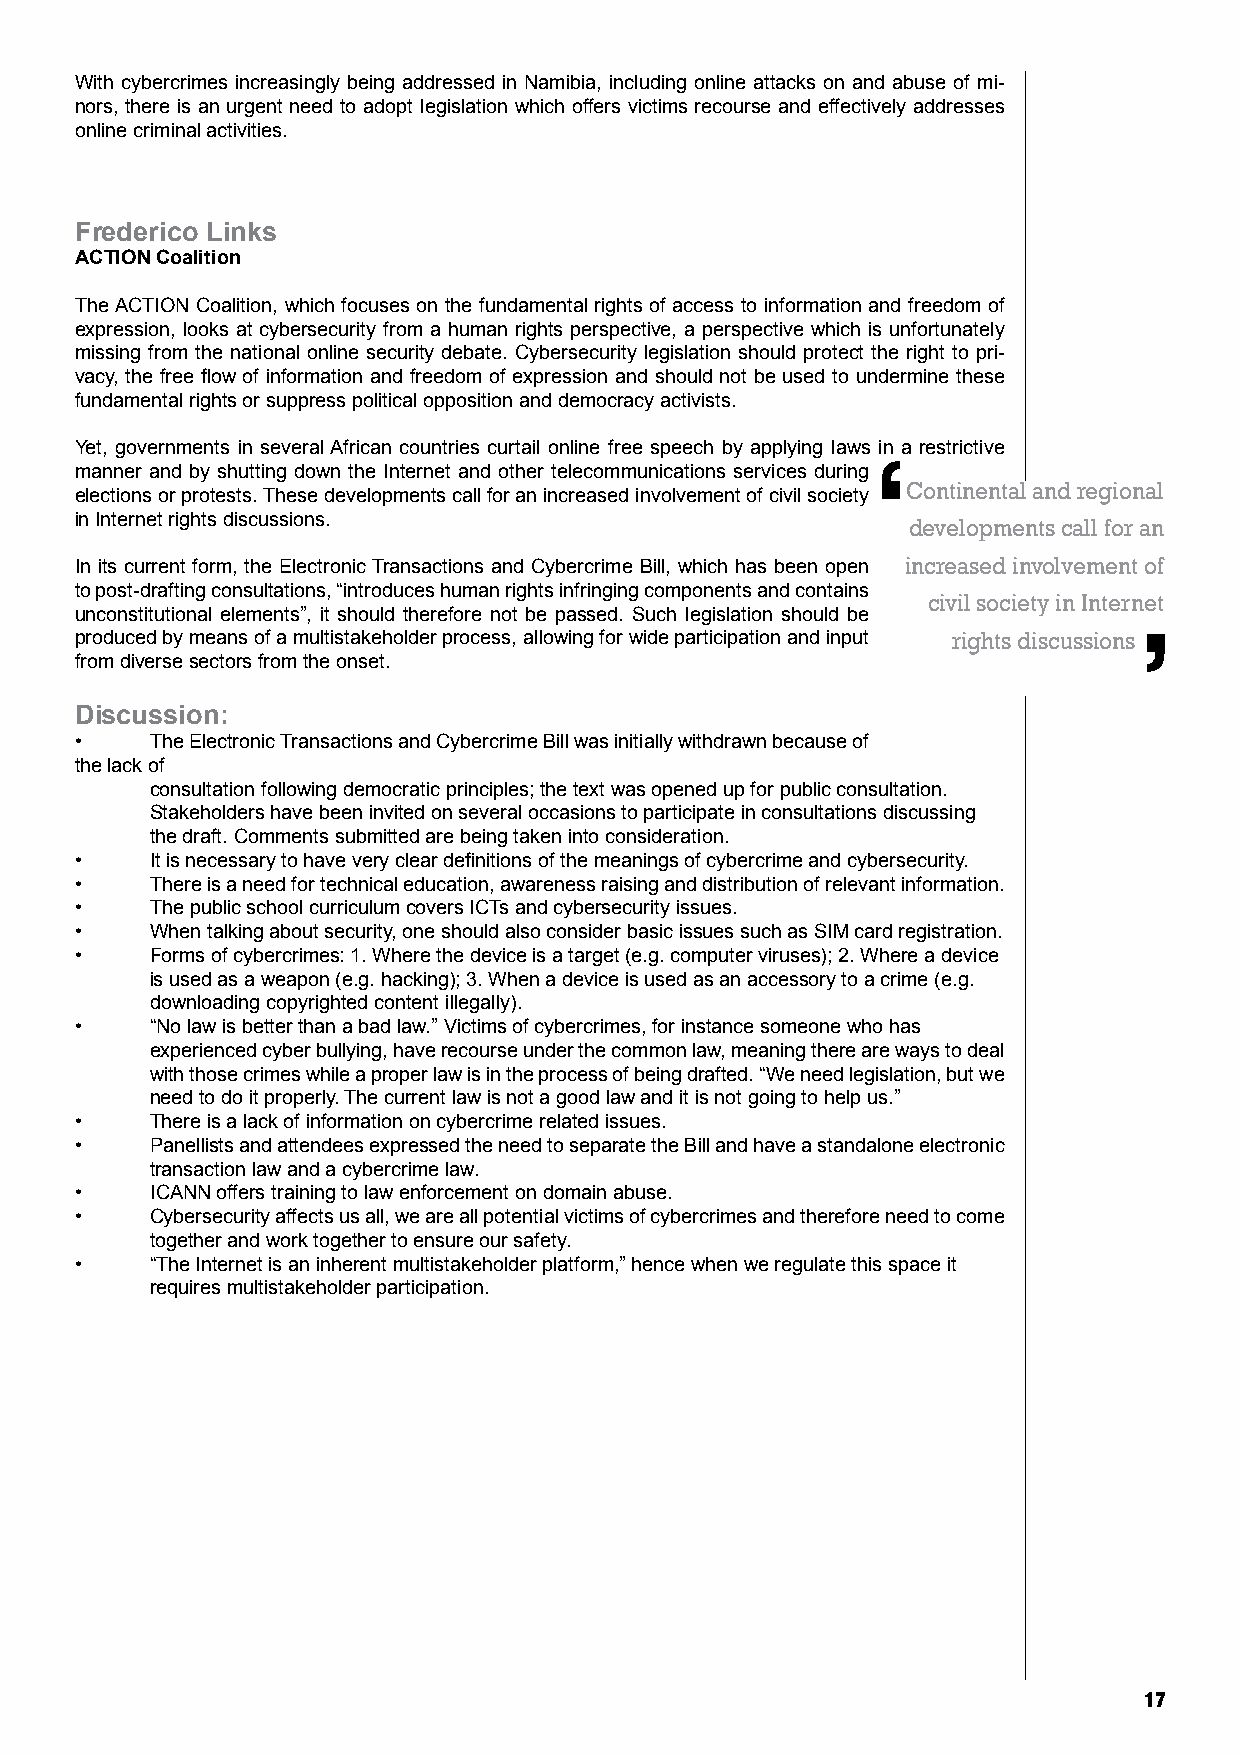
With cybercrimes increasingly being addressed in Namibia, including online attacks on and abuse of mi-
 nors, there is an urgent need to adopt legislation which offers victims recourse and effectively addresses
 online criminal activities.
 frederico links
 aCtion Coalition
 The ACTION Coalition, which focuses on the fundamental rights of access to information and freedom of
 expression, looks at cybersecurity from a human rights perspective, a perspective which is unfortunately
 missing from the national online security debate. Cybersecurity legislation should protect the right to pri-
 vacy, the free flow of information and freedom of expression and should not be used to undermine these
 fundamental rights or suppress political opposition and democracy activists.
 Yet, governments in several African countries curtail online free speech by applying laws in a restrictive
 ‘
 manner and by shutting down the Internet and other telecommunications services during
 Continental and regional
 elections or protests. These developments call for an increased involvement of civil society
 in Internet rights discussions.                        developments call for an
 In its current form, the Electronic Transactions and Cybercrime Bill, which has been open increased involvement of
 to post-drafting consultations, “introduces human rights infringing components and contains
 civil society in Internet
 unconstitutional elements”, it should therefore not be passed. Such legislation should be
 produced by means of a multistakeholder process, allowing for wide participation and input rights discussions’ .
 from diverse sectors from the onset.
 discussion:
 •    The Electronic Transactions and Cybercrime Bill was initially withdrawn because of
 the lack of
 consultation following democratic principles; the text was opened up for public consultation.
 Stakeholders have been invited on several occasions to participate in consultations discussing
 the draft. Comments submitted are being taken into consideration.
 •    It is necessary to have very clear definitions of the meanings of cybercrime and cybersecurity.
 •    There is a need for technical education, awareness raising and distribution of relevant information.
 •    The public school curriculum covers ICTs and cybersecurity issues.
 •    When talking about security, one should also consider basic issues such as SIM card registration.
 •    Forms of cybercrimes: 1. Where the device is a target (e.g. computer viruses); 2. Where a device
 is used as a weapon (e.g. hacking); 3. When a device is used as an accessory to a crime (e.g.
 downloading copyrighted content illegally).
 •    “No law is better than a bad law.” Victims of cybercrimes, for instance someone who has
 experienced cyber bullying, have recourse under the common law, meaning there are ways to deal
 with those crimes while a proper law is in the process of being drafted. “We need legislation, but we
 need to do it properly. The current law is not a good law and it is not going to help us.”
 •    There is a lack of information on cybercrime related issues.
 •    Panellists and attendees expressed the need to separate the Bill and have a standalone electronic
 transaction law and a cybercrime law.
 •    ICANN offers training to law enforcement on domain abuse.
 •    Cybersecurity affects us all, we are all potential victims of cybercrimes and therefore need to come
 together and work together to ensure our safety.
 •    “The Internet is an inherent multistakeholder platform,” hence when we regulate this space it
 requires multistakeholder participation.
 17